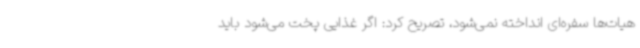
هیات‌ها سفره‌ای انداخته نمی‌شود، تصریح کرد: اگر غذایی پخت می‌شود باید